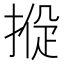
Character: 𢰑